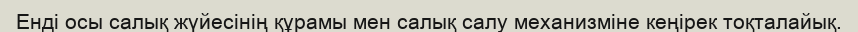
Енді осы салық жүйесінің құрамы мен салық салу механизміне кеңірек тоқталайық.